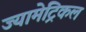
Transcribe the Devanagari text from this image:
ज्यामेट्रिकल